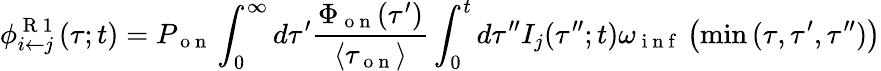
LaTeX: \phi_{i\leftarrow j}^{\mathrm{~R~1~}}(\tau;t)=P_{\mathrm{~o~n~}}\int_{0}^{\infty}d\tau^{\prime}\frac{\Phi_{\mathrm{~o~n~}}(\tau^{\prime})}{\langle\tau_{\mathrm{~o~n~}}\rangle}\int_{0}^{t}d\tau^{\prime\prime}I_{j}(\tau^{\prime\prime};t)\omega_{\mathrm{~i~n~f~}}\left(\operatorname*{min}{(\tau,\tau^{\prime},\tau^{\prime\prime})}\right)